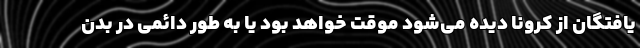
یافتگان از کرونا دیده می‌شود موقت خواهد بود یا به طور دائمی در بدن